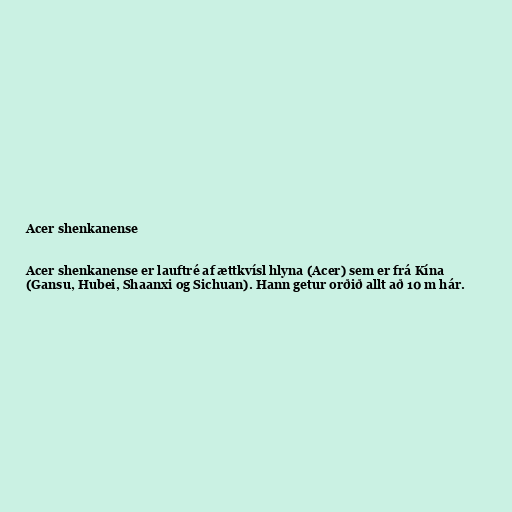
Acer shenkanense

Acer shenkanense er lauftré af ættkvísl hlyna (Acer) sem er frá Kína
(Gansu, Hubei, Shaanxi og Sichuan). Hann getur orðið allt að 10 m hár.